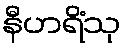
နီဟရိံသု